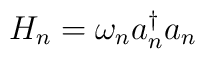
H_n= \omega_n a^{\dagger}_n a_n